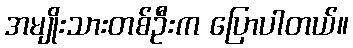
အမျိုးသားတစ်ဦးက ပြောပါတယ်။